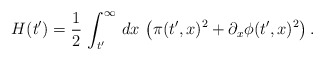
\begin{align*}H(t') = {1 \over 2} \, \int_{t'}^{\infty}\, dx\, \left( \pi(t',x)^2 + \partial_x\phi(t',x)^2\right).\end{align*}